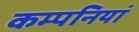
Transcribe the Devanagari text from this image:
कम्‍पनियां